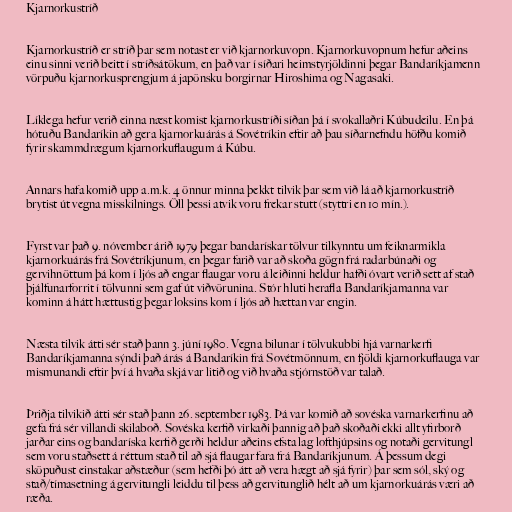
Kjarnorkustríð

Kjarnorkustríð er stríð þar sem notast er við kjarnorkuvopn. Kjarnorkuvopnum hefur aðeins
einu sinni verið beitt í stríðsátökum, en það var í síðari heimstyrjöldinni þegar Bandaríkjamenn
vörpuðu kjarnorkusprengjum á japönsku borgirnar Hiroshima og Nagasaki.

Líklega hefur verið einna næst komist kjarnorkustríði síðan þá í svokallaðri Kúbudeilu. En þá
hótuðu Bandaríkin að gera kjarnorkuárás á Sovétríkin eftir að þau síðarnefndu höfðu komið
fyrir skammdrægum kjarnorkuflaugum á Kúbu.

Annars hafa komið upp a.m.k. 4 önnur minna þekkt tilvik þar sem við lá að kjarnorkustríð
brytist út vegna misskilnings. Öll þessi atvik voru frekar stutt (styttri en 10 mín.).

Fyrst var það 9. nóvember árið 1979 þegar bandarískar tölvur tilkynntu um feiknarmikla
kjarnorkuárás frá Sovétríkjunum, en þegar farið var að skoða gögn frá radarbúnaði og
gervihnöttum þá kom í ljós að engar flaugar voru á leiðinni heldur hafði óvart verið sett af stað
þjálfunarforrit í tölvunni sem gaf út viðvörunina. Stór hluti herafla Bandaríkjamanna var
kominn á hátt hættustig þegar loksins kom í ljós að hættan var engin.

Næsta tilvik átti sér stað þann 3. júní 1980. Vegna bilunar í tölvukubbi hjá varnarkerfi
Bandaríkjamanna sýndi það árás á Bandaríkin frá Sovétmönnum, en fjöldi kjarnorkuflauga var
mismunandi eftir því á hvaða skjá var litið og við hvaða stjórnstöð var talað.

Þriðja tilvikið átti sér stað þann 26. september 1983. Þá var komið að sovéska varnarkerfinu að
gefa frá sér villandi skilaboð. Sovéska kerfið virkaði þannig að það skoðaði ekki allt yfirborð
jarðar eins og bandaríska kerfið gerði heldur aðeins efsta lag lofthjúpsins og notaði gervitungl
sem voru staðsett á réttum stað til að sjá flaugar fara frá Bandaríkjunum. Á þessum degi
sköpuðust einstakar aðstæður (sem hefði þó átt að vera hægt að sjá fyrir) þar sem sól, ský og
stað/tímasetning á gervitungli leiddu til þess að gervitunglið hélt að um kjarnorkuárás væri að
ræða.